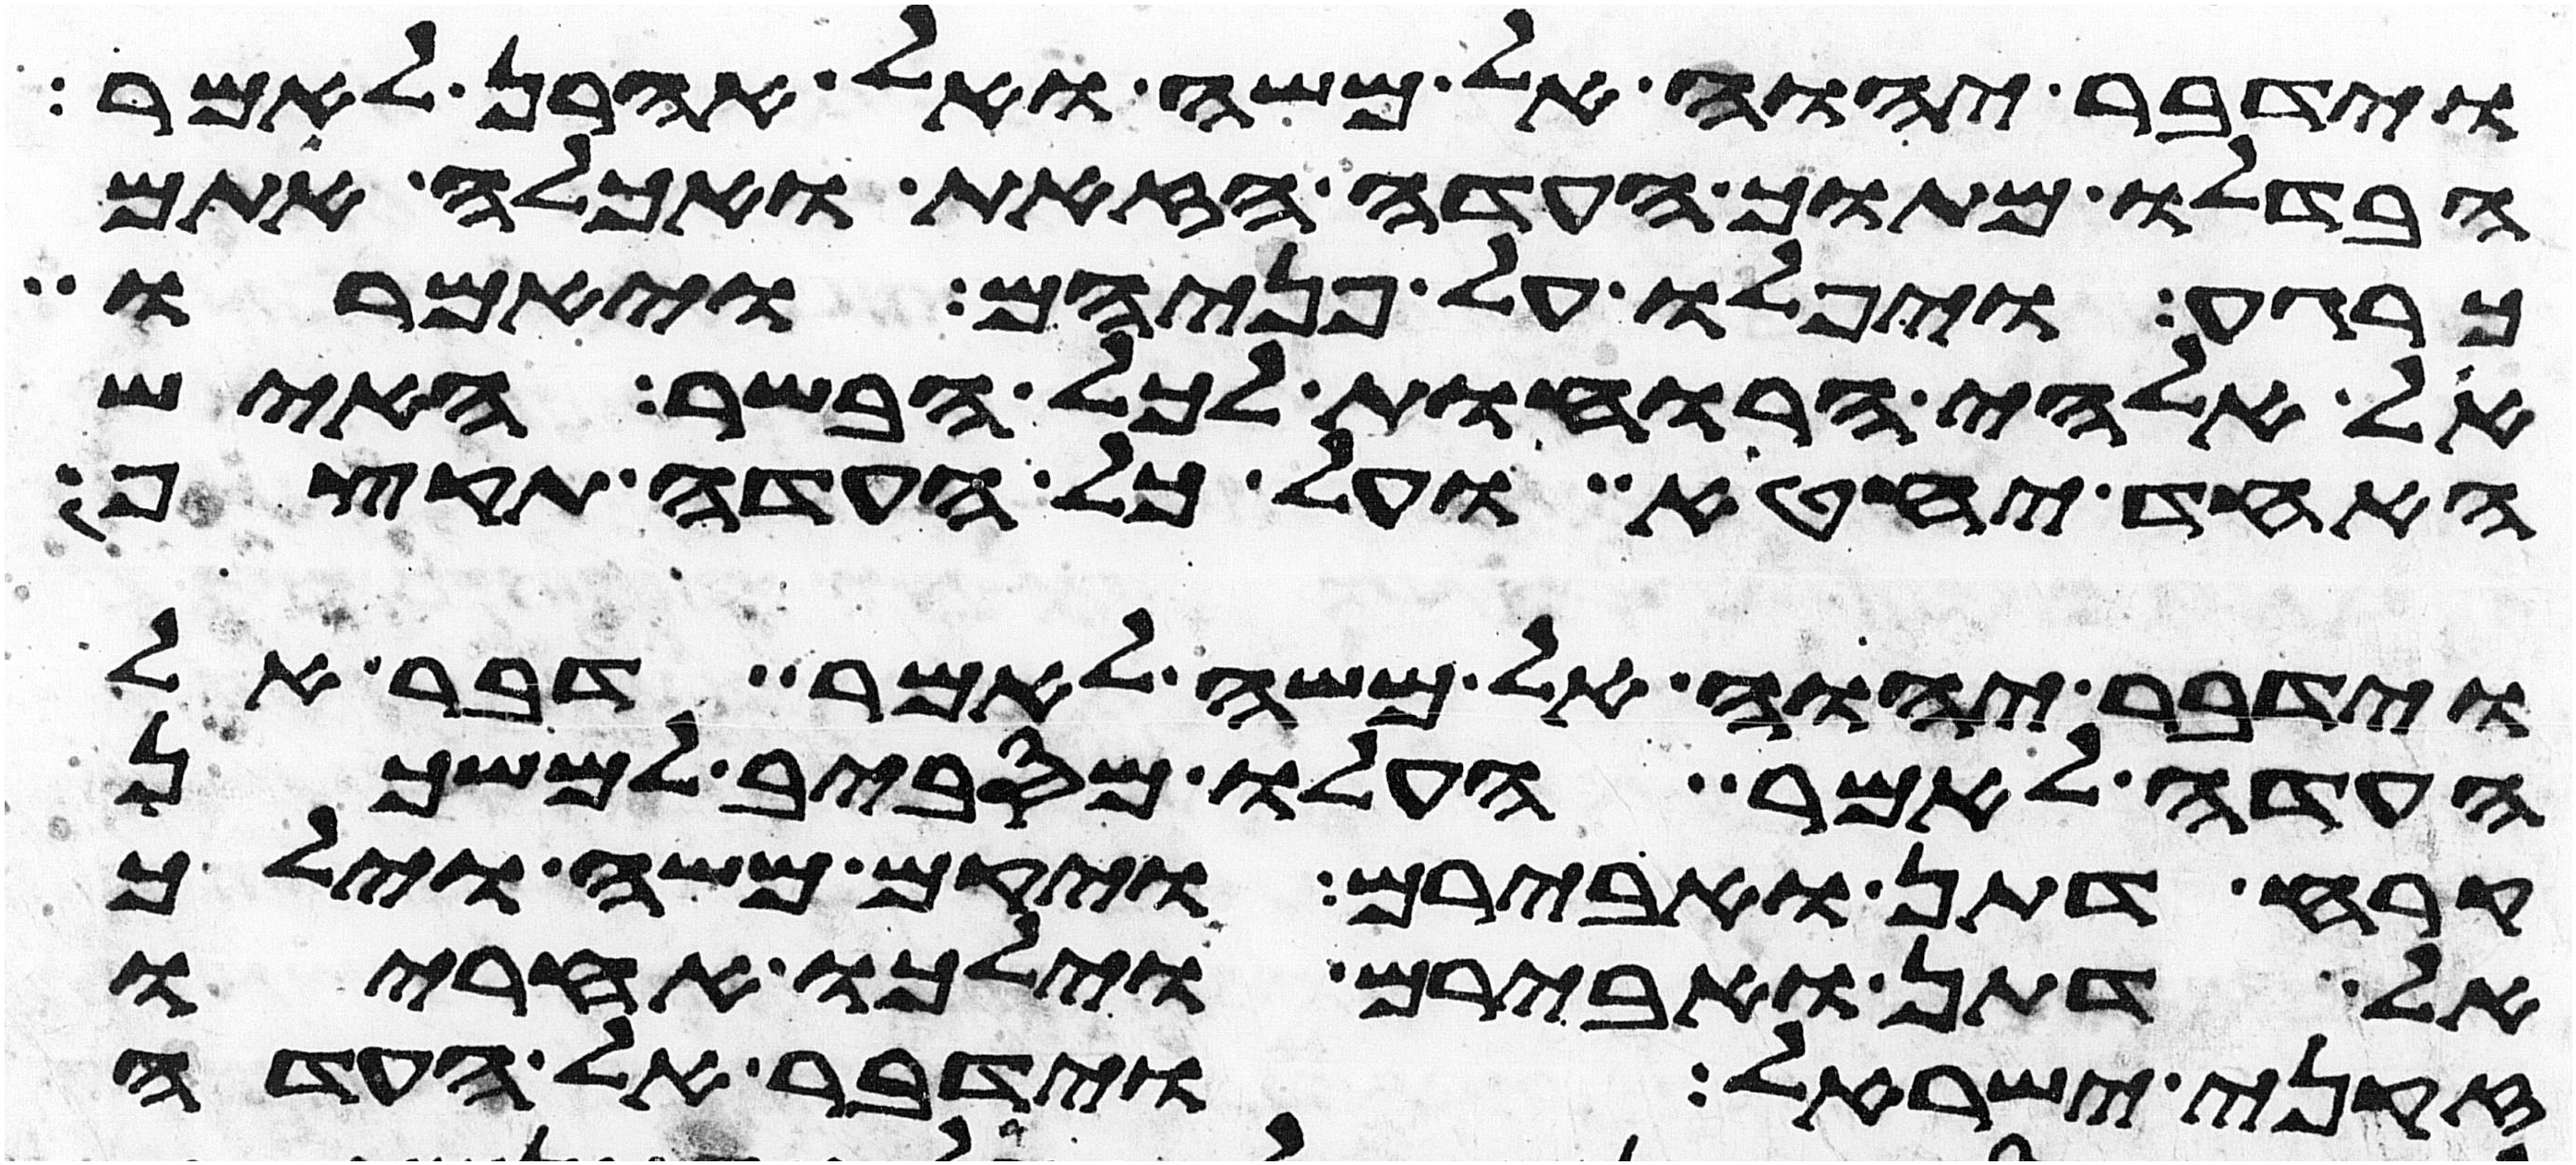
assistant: וידבר יהוה אל משה ואל אהרן לאמר
הבדלו מתוך העדה הזאת ואכלה אתם
כרגע ויפלו על פניהם ויאמרו
אל אלהי הרוחות לכל הבשר האיש
האחד יחטא ועל כל העדה
וידבר יהוה אל משה לאמר דבר אל
העדה לאמר העלו מסביב למשכן
קרח דתן ואבירם ויקם משה וילך
אל דתן ואבירם וילכו אחריו
זקני ישראל וידבר אל העדה